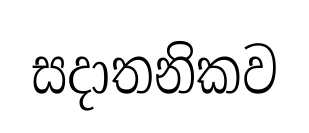
සදාතනිකව